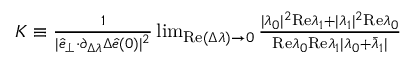
\begin{array} { r } { K \equiv \frac { 1 } { \vert \hat { e } _ { \perp } { \cdot } \partial _ { \Delta \lambda } \Delta \hat { e } ( 0 ) \vert ^ { 2 } } \operatorname* { l i m } _ { \mathrm { R e } ( \Delta \lambda ) \rightarrow 0 } \frac { \vert \lambda _ { 0 } \vert ^ { 2 } \mathrm { R e } \lambda _ { 1 } + \vert \lambda _ { 1 } \vert ^ { 2 } \mathrm { R e } \lambda _ { 0 } } { \mathrm { R e } \lambda _ { 0 } \mathrm { R e } \lambda _ { 1 } \vert \lambda _ { 0 } + \bar { \lambda } _ { 1 } \vert } } \end{array}